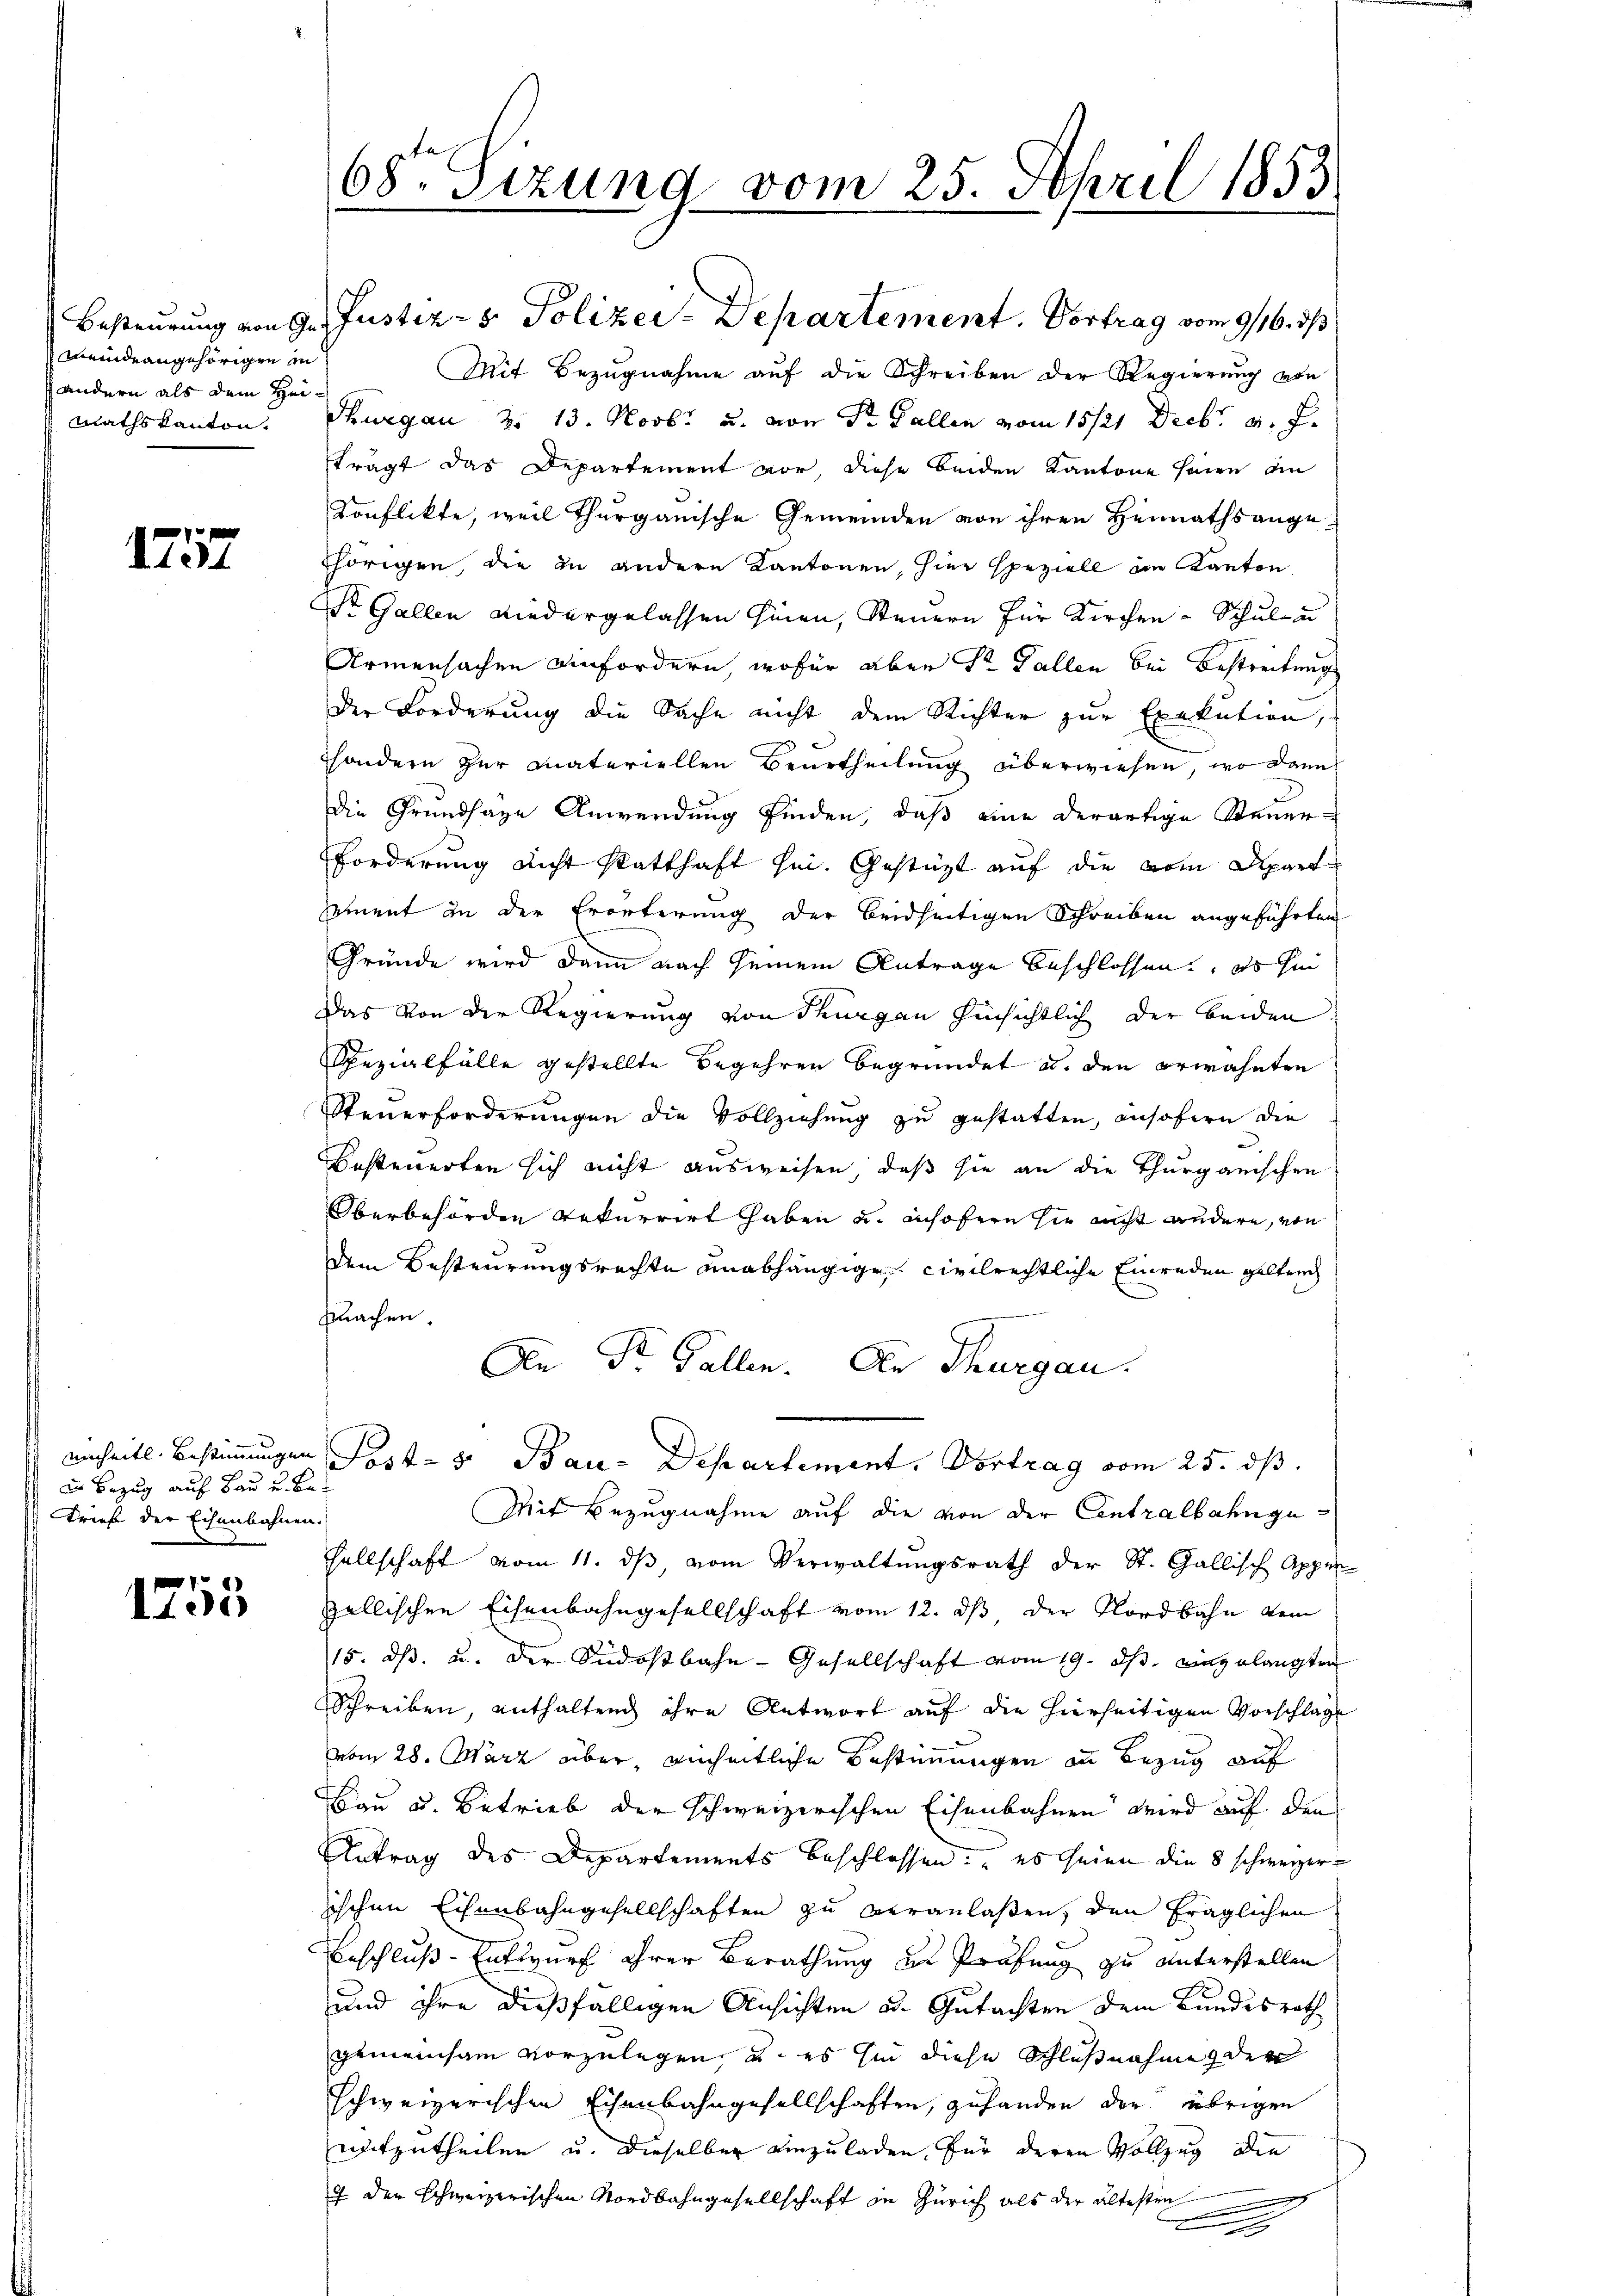
meindeangehörigen in
andern als dem Hei¬

1757

einheitl. Bestimmungen
d Bezug auf Bau u. be¬
Brief der Eisenbahnen.

1753

68. Sizung vom 25. April 1853
.

Besteurung von 9. Justiz- & Polizey-Departement. Vortrag vom 9/16. ds
Mit Bezugnahme auf die Schreiben der Regierung von
Rathskanton, Thurgau 2. 13. Novb. u. von Sr. Gallen vom 15./21. Decbr. v. J.
trägt das Departement vor, diese beiden Kantone seien die
Konflikte, weil Thurgauische Gemeinden von ihren Heimathsangeshörigen, die in andern Kantonen, hier speziell im Kanton,
st Gallen niedergelassen hinen, Steuern für Kirchen - Schul- un
Armensachen einfordern, wofür aber Dr. Fallen bei Bestreitung
der Forderung die Sache nicht dem Richter zur Exekution,
sondern zur Materiellen Beurtheilung überwiesen, wo dann
die Grundsaze Anwendung finden, daß eine derartige Steuer¬
Forderung nicht statthaft sei. Gestüzt auf die vom Aport
sement in der Erörterung der beidseitigen Schreiben angeführten
Gründe wird dann nach seinem Antrage beschlossen, es hin
Das von der Regierung von Thurgau hinsichtlich der beiden
Spezialfälle gestellte Begehren begründet u. den erwähnten
Steuerforderungen die Vollziehung zu gestatten, insofern die
Besteuerten sich nicht ausweisen, daß sie an die Thurgauischen
Oberbehörden Rekurrirt haben u. insofern sie nicht andere, von
dem Besteurungsrechte unabhängige civilrechtliche Einreden Gelturch
fachen
An Dr. Gallen. Den Thurgau.
Post- u. Bau-Departement, Vortrag vom 25. ds.
Mit Bezugnahme auf die von der Centralbahngesellschaft vom 11. dβ, vom Verwaltungsrath der St. Gallisch Appen
gallischen Eisenbahngesellschaft vom 12. ds der Nordbahn vom
15. ds. u. der Südostbahn- Gesellschaft vom 19. ds. eingelangten
Schreiben, enthaltend ihre Antwort auf die hierseitigen Vorschlage
vom 28. März über, geheitliche Bestimmungen in Bezug auf
Bau u. Betrieb der schweizerischen Eisenbahnen wird auf den
Antrag des Departements beschlossen: es seien die 8 schweizerischen Eisenbahngesellschaften zu veranlaßen, den fraglichen
Beschluß-Entwurf ihrer Berathung zu Prüfung zu unterstellen
und ihre dießfälligen Ansichten u. Gutachten dem Bundesrath
gemeinsam vorzulegen u. es in diese Schlußnahme der
schweizerischen Eisenbahngesellschaften, gehanden der übrigen
mitzutheilen u. dieselben einzuladen, für deren Vollzug die
7 der Schweizerischen Nordbahngesellschaft in Zürich als der ältestre
.
E